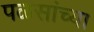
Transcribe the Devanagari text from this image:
पळसांच्या